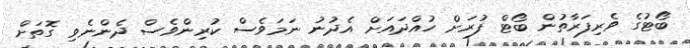
ބޯޓުގެ ވެރިފަރާތުން ބޯޓް ފުރަށް ހުއްދައަށް އެދުނު ނަމަވެސް ކުރިންވެސް ދެންނެވި ގޮތަށް